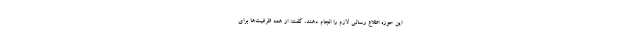
این حوزه اطلاع رسانی لازم را انجام دهند، گفت: از همه ظرفیت‌ها برای